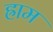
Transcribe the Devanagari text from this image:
ह्राम